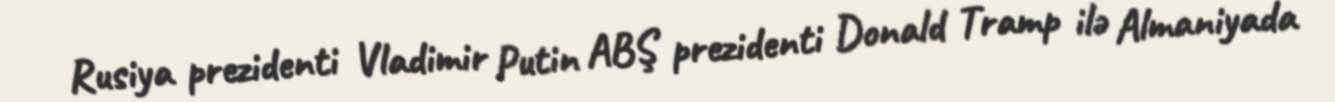
Rusiya prezidenti Vladimir Putin ABŞ prezidenti Donald Tramp ilə Almaniyada